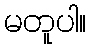
မတူပါ။